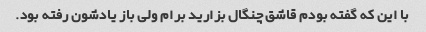
با این که گفته بودم قاشق چنگال بزارید برام ولی باز یادشون رفته بود.